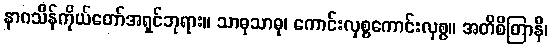
နာဂသိန်ကိုယ်တော်အရှင်ဘုရား။ သာဓုသာဓု၊ ကောင်းလှစွကောင်းလှစွ။ အတိစိတြာနိ၊